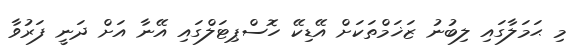
މި ޙަމަލާގައި ލިބުނު ޒަޚަމްތަކަށް އޭޑިކޭ ހޮސްޕިޓަލްގައި އޭނާ އަށް ދަނީ ފަރުވާ